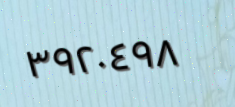
٣٩٢٠٤٩٨